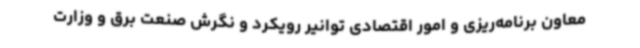
معاون برنامه‌ریزی و امور اقتصادی توانیر رویکرد و نگرش صنعت برق و وزارت